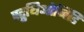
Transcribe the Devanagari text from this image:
स्ट्रुथिओनिडि